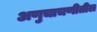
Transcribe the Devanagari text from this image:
अणुचाचणीतील